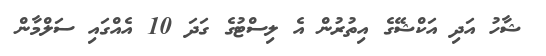
ޝާހު އަދި އަކްޝޭގެ އިތުރުން އެ ލިސްޓުގެ ގަދަ 10 އެއްގައި ސަލްމާން